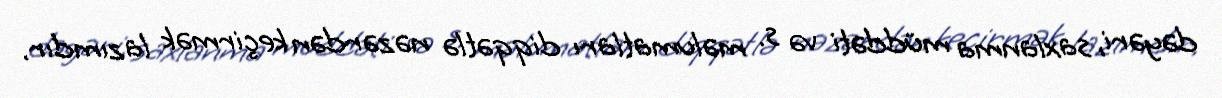
dəyəri, saxlanma müddəti və s. məlumatları diqqətlə nəzərdən keçirmək lazımdır.